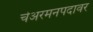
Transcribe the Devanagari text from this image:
चेअरमनपदावर